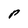
Character: p